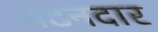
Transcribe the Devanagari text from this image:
बटनदार